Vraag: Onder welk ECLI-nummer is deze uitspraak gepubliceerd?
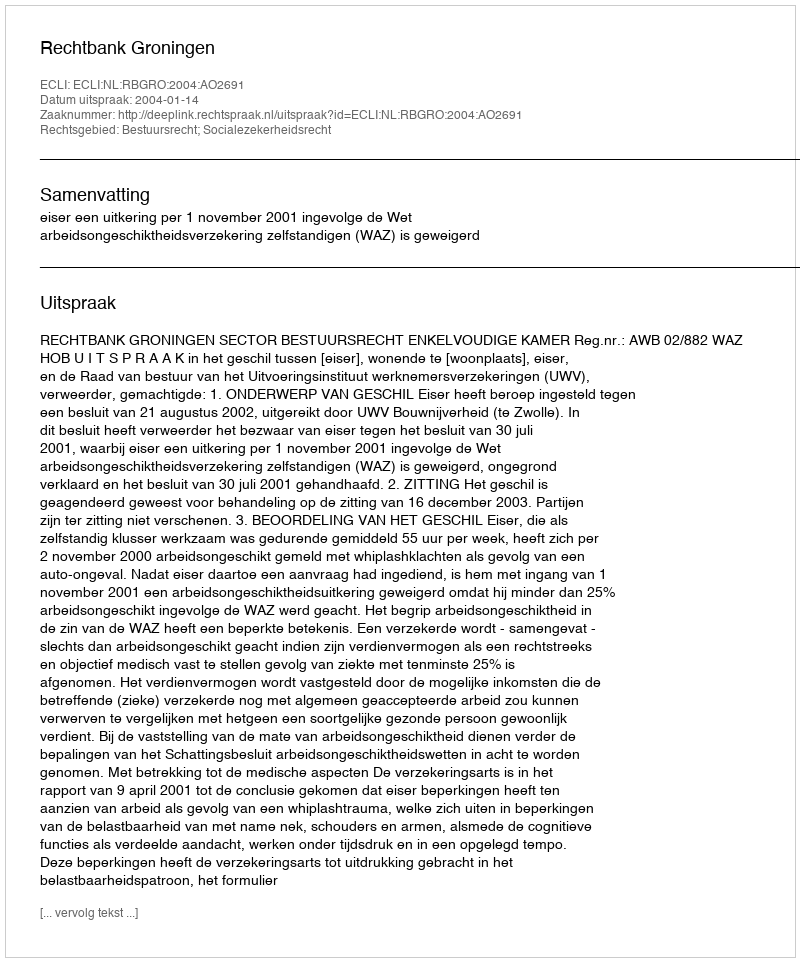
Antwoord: ECLI:NL:RBGRO:2004:AO2691